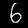
Label: 6